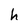
Character: h